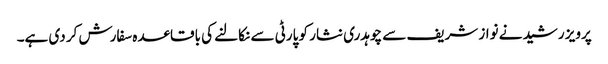
پرویز رشید نے نواز شریف سے چوہدری نثار کو پارٹی سے نکالنے کی باقاعدہ سفارش کر دی ہے۔